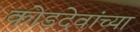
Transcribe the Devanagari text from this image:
कोडदेवांच्या